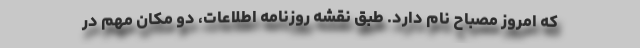
که امروز مصباح نام دارد. طبق نقشه روزنامه اطلاعات، دو مکان مهم در